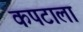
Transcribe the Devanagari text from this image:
कपटाला